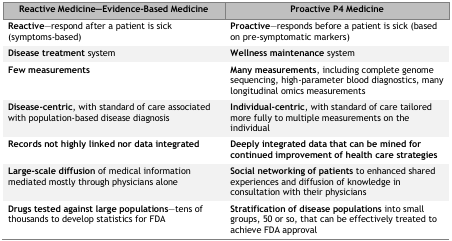
| Reactive Medicine—Evidence-Based Medicine | Proactive P4 Medicine |
 | --- | --- |
 | Reactive—respond after a patient is sick (symptoms-based) | Proactive—responds before a patient is sick (based on pre-symptomatic markers) |
 | Disease treatment system | Wellness maintenance system |
 | Few measurements | Many measurements, including complete genome sequencing, high-parameter blood diagnostics, many longitudinal omics measurements |
 | Disease-centric, with standard of care associated with population-based disease diagnosis | Individual-centric, with standard of care tailored more fully to multiple measurements on the individual |
 | Records not highly linked nor data integrated | Deeply integrated data that can be mined for continued improvement of healthcare strategies |
 | Large-scale diffusion of medical information mediated mostly through physicians alone | Social networking of patients to enhanced shared experiences and diffusion of knowledge in consultation with their physicians |
 | Drugs tested against large populations—tens of thousands to develop statistics for FDA | Stratification of disease populations into small groups, 50 or so, that can be effectively treated to achieve FDA approval |